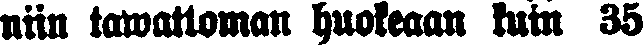
niin tawattoman huokeaan kuin 35